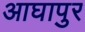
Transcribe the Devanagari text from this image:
आघापुर